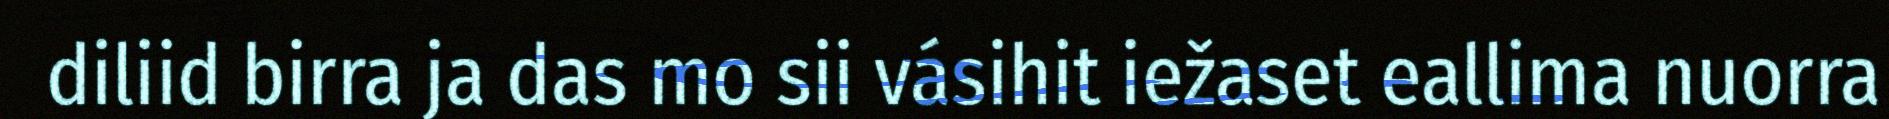
diliid birra ja das mo sii vásihit iežaset eallima nuorra